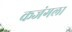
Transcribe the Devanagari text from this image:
कजंगला